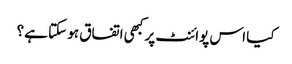
کیا اس پوائنٹ پر کبھی اتفاق ہو سکتا ہے؟